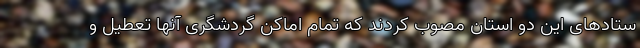
ستادهای این دو استان مصوب کردند که تمام اماکن گردشگری آنها تعطیل و